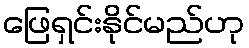
ဖြေရှင်းနိုင်မည်ဟု